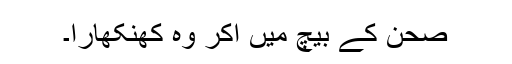
صحن کے بیچ میں آکر وہ کھنکھارا۔